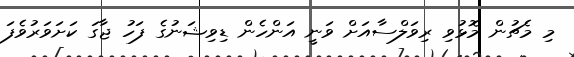
މި މެޗުން މޮޅުވި ރިވަލްސާއަށް ވަނީ އަންހެން ޑިވިޝަނުގެ ފަހު ޖާގަ ކަށަވަރުވެފަ